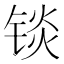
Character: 锬